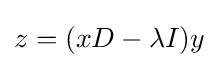
z=(xD-\lambda I)y